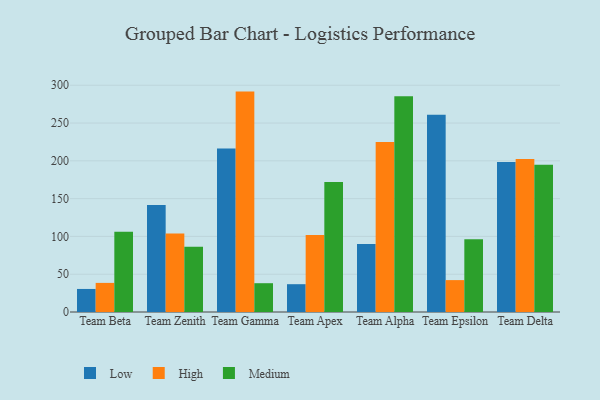
{"axis": {"x": "Team", "y": "Inventory Turnover"}, "legend": ["High", "Low", "Medium"], "data": [{"x": "Team Beta", "y": 30.5, "type": "Low"}, {"x": "Team Beta", "y": 38.5, "type": "High"}, {"x": "Team Beta", "y": 106.3, "type": "Medium"}, {"x": "Team Zenith", "y": 141.6, "type": "Low"}, {"x": "Team Zenith", "y": 103.7, "type": "High"}, {"x": "Team Zenith", "y": 86.4, "type": "Medium"}, {"x": "Team Gamma", "y": 216.3, "type": "Low"}, {"x": "Team Gamma", "y": 291.6, "type": "High"}, {"x": "Team Gamma", "y": 38.1, "type": "Medium"}, {"x": "Team Apex", "y": 36.8, "type": "Low"}, {"x": "Team Apex", "y": 101.8, "type": "High"}, {"x": "Team Apex", "y": 171.9, "type": "Medium"}, {"x": "Team Alpha", "y": 90.0, "type": "Low"}, {"x": "Team Alpha", "y": 225.0, "type": "High"}, {"x": "Team Alpha", "y": 285.6, "type": "Medium"}, {"x": "Team Epsilon", "y": 260.9, "type": "Low"}, {"x": "Team Epsilon", "y": 42.2, "type": "High"}, {"x": "Team Epsilon", "y": 96.1, "type": "Medium"}, {"x": "Team Delta", "y": 198.5, "type": "Low"}, {"x": "Team Delta", "y": 202.5, "type": "High"}, {"x": "Team Delta", "y": 194.7, "type": "Medium"}]}